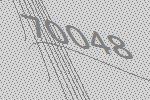
70048